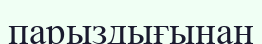
парыздығынан